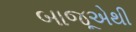
બાજૂએથી